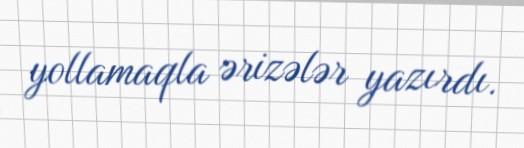
yollamaqla ərizələr yazırdı.